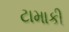
ટામાકી